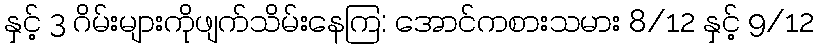
နှင့် 3 ဂိမ်းများကိုဖျက်သိမ်းနေကြ: အောင်ကစားသမား 8/12 နှင့် 9/12